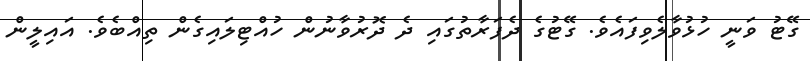
ގޭޓު ވަނީ ހުޅުވާލެވިފައެވެ. ގޭޓުގެ ދެފަރާތުގައި ދެ ދޮރުވާނުން ހުއްޓިލައިގެން ތިއްބެވެ. އައިލީން